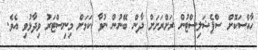
ހާއްސަކޮށް ސްޕެޝަލިސްޓުން ރަށްރަށަށް ދާން ބޭނުން ނުވާ ކަމަށް މިނިސްޓަރު ވިދާޅުވި އެވެ.